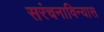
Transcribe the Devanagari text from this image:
सरंचनाविन्यास